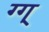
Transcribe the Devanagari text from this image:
ग्ग्